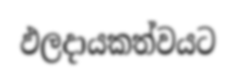
ඵලදායකත්වයට